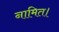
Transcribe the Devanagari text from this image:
नामित।